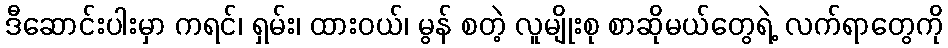
ဒီဆောင်းပါးမှာ ကရင်၊ ရှမ်း၊ ထားဝယ်၊ မွန် စတဲ့ လူမျိုးစု စာဆိုမယ်တွေရဲ့ လက်ရာတွေကို